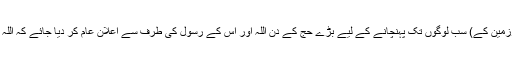
جاوید احمد غامدی (پھر حج کا موقع آئے تو اِس سرزمین کے) سب لوگوں تک پہنچانے کے لیے بڑے حج کے دن اللہ اور اُس کے رسول کی طرف سے اعلان عام کر دیا جائے کہ اللہ مشرکوں سے بری الذمہ ہے اور اُس کا رسول بھی۔